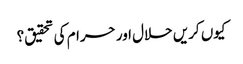
کیوں کریں حلال اور حرام کی تحقیق؟